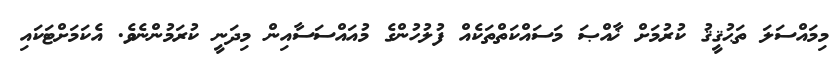
މިމައްސަލަ ތަޙުޤީޤު ކުރުމަށް ޚާއްޞަ މަސައްކަތްތަކެއް ފުލުހުންގެ މުއައްސަސާއިން މިދަނީ ކުރަމުންނެވެ. އެކަމަށްޓަކައި